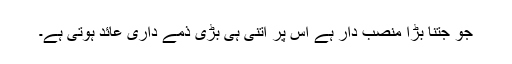
جو جتنا بڑا منصب دار ہے اُس پر اتنی ہی بڑی ذمے داری عائد ہوتی ہے۔